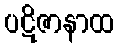
ပဋိဇာနာထ